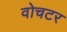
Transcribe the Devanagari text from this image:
वोचटर